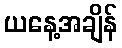
ယနေ့အချိန်